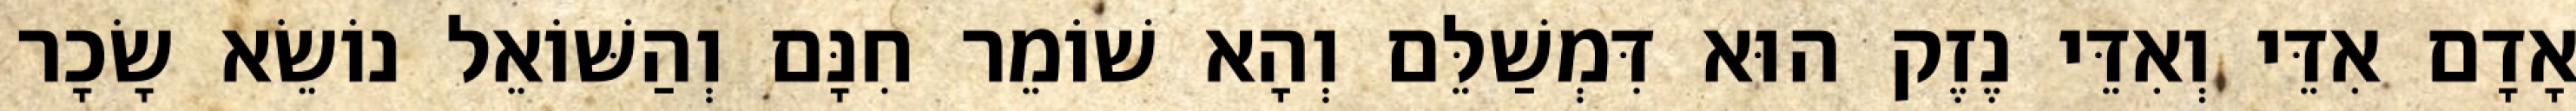
אָדָם אִדֵּי וְאִדֵּי נֶזֶק הוּא דִּמְשַׁלֵּם וְהָא שׁוֹמֵר חִנָּם וְהַשּׁוֹאֵל נוֹשֵׂא שָׂכָר